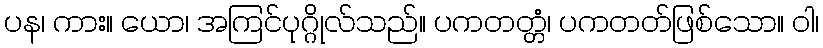
ပန၊ ကား။ ယော၊ အကြင်ပုဂ္ဂိုလ်သည်။ ပကတတ္တံ၊ ပကတတ်ဖြစ်သော။ ဝါ၊